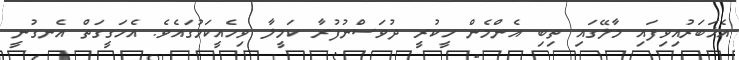
އެޚަބަރުއިވިފައި މާލޭގައި ތިބި އެންމެން ހީކުރީ ދުވަސްނުފުރާ ކަމީލާ ވިހެއީކަމުގައެވެ. އެހަގީގަތް އެނގުނީ